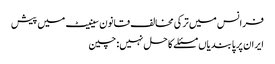
فرانس میں ترکی مخالف قانون سینیٹ میں پیش
ایران پر پابندیاں مسئلے کا حل نہیں: چین